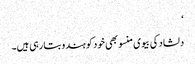
‘
دلشاد کی بیوی منسو بھی خود کو ہندو بتا رہی ہیں۔